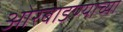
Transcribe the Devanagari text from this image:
ओरबाडण्याच्या